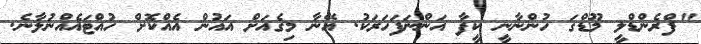
"ފްރެންޑްލީ މޫޑްގަ ހުންނާނީ ކީފާ އަންނަފަހަރަކު. އޭނާ މިގެއަށް އައުން އެއްކޮށް ހުއްޓައެއްނުލާނެ.